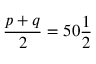
{ \frac { p + q } { 2 } } = 5 0 { \frac { 1 } { 2 } }